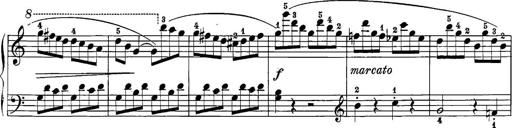
Title: 12 Sonatine per Pianoforte
Composer: Friedrich Kuhlau